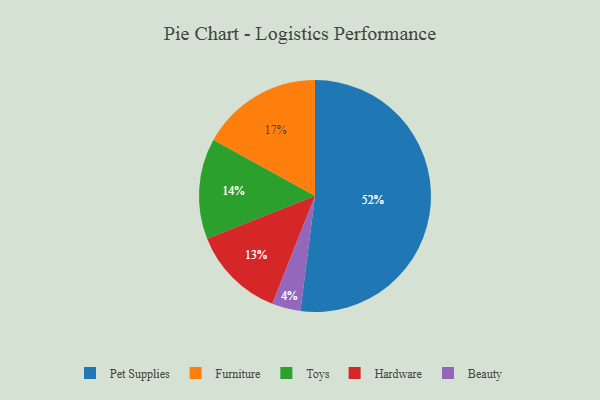
{"axis": {"x": "Category", "y": "Percentage"}, "legend": ["Beauty", "Furniture", "Hardware", "Pet Supplies", "Toys"], "data": [{"x": "Pet Supplies", "y": 52, "type": "Pet Supplies"}, {"x": "Hardware", "y": 13, "type": "Hardware"}, {"x": "Beauty", "y": 4, "type": "Beauty"}, {"x": "Toys", "y": 14, "type": "Toys"}, {"x": "Furniture", "y": 17, "type": "Furniture"}]}